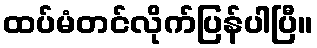
ထပ်မံတင်လိုက်ပြန်ပါပြီ။